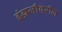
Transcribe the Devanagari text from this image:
इंग्रजीवरील